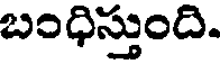
బంధిస్తుంది.